Civil Veterinary Dept. North-West Frontier Province 1933-46 - 1933-1946
Year: 1933
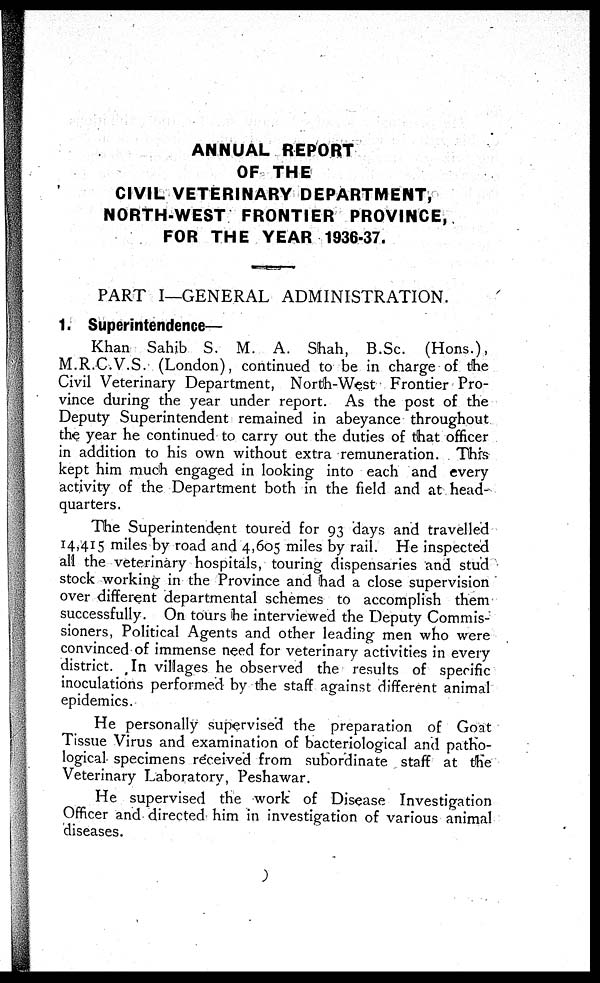
ANNUAL REPORT
OF THE
CIVIL VETERINARY DEPARTMENT,
NORTH-WEST FRONTIER PROVINCE,
FOR THE YEAR 1936-37.
PART I—GENERAL ADMINISTRATION.
1. Superintendence—
Khan Sahib S. M. A. Shah, B.Sc. (Hons.),
M.R.C.V.S. (London), continued to be in charge of the
Civil Veterinary Department, North-West Frontier Pro-
vince during the year under report. As the post of the
Deputy Superintendent remained in abeyance throughout
the year he continued to carry out the duties of that officer
in addition to his own without extra remuneration. This
kept him much engaged in looking into each and every
activity of the Department both in the field and at head-
quarters.
The Superintendent toured for 93 days and travelled
14,415 miles by road and 4,605 miles by rail. He inspected
all the veterinary hospitals, touring dispensaries and stud
stock working in the Province and had a close supervision
over different departmental schemes to accomplish them
successfully. On tours he interviewed the Deputy Commis-
sioners, Political Agents and other leading men who were
convinced of immense need for veterinary activities in every
district. In villages he observed the results of specific
inoculations performed by the staff against different animal
epidemics.
He personally supervised the preparation of Goat
Tissue Virus and examination of bacteriological and patho-
logical specimens received from subordinate staff at the
Veterinary Laboratory, Peshawar.
He supervised the work of Disease Investigation
Officer and directed him in investigation of various animal
diseases.